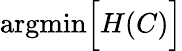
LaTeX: \mathrm{argmin}\Big[H(C)\Big]